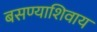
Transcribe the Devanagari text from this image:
बसण्याशिवाय